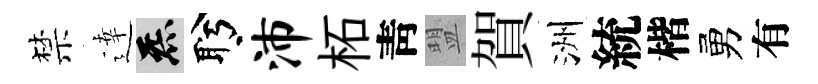
禁逹炁盻沛柘靑盟賀洲統楷勇有